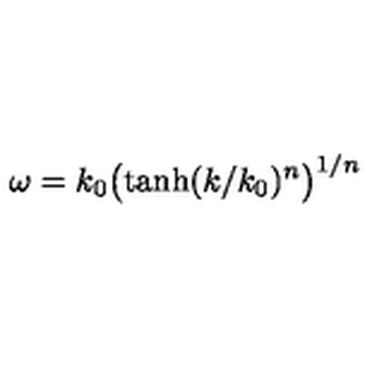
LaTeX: \omega = k _ { 0 } \bigl ( \tanh ( k / k _ { 0 } ) ^ { n } \bigr ) ^ { 1 / n }